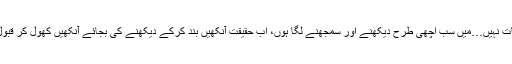
اب ایسی کوئی بات نہیں…میں سب اچھی طرح دیکھنے اور سمجھنے لگا ہوں، اب حقیقت آنکھیں بند کرکے دیکھنے کی بجائے آنکھیں کھول کر قبول کرنے لگا ہوں۔